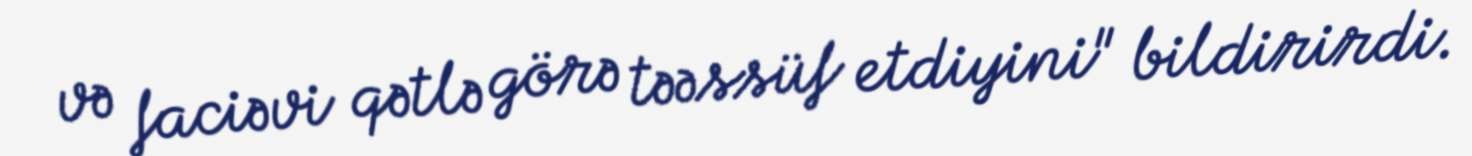
və faciəvi qətlə görə təəssüf etdiyini" bildirirdi.